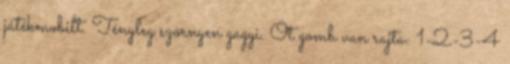
játékmobilt. Tényleg szörnyen gagyi. Öt gomb van rajta: 1-2-3-4